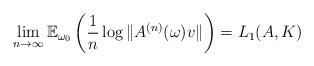
LaTeX: \begin{align*} \lim_{n\to\infty} \mathbb{E}_{\omega_0}\left(\frac{1}{n} \log \Vert A^{(n)}(\omega)v \Vert\right) = L_1(A,K)\end{align*}